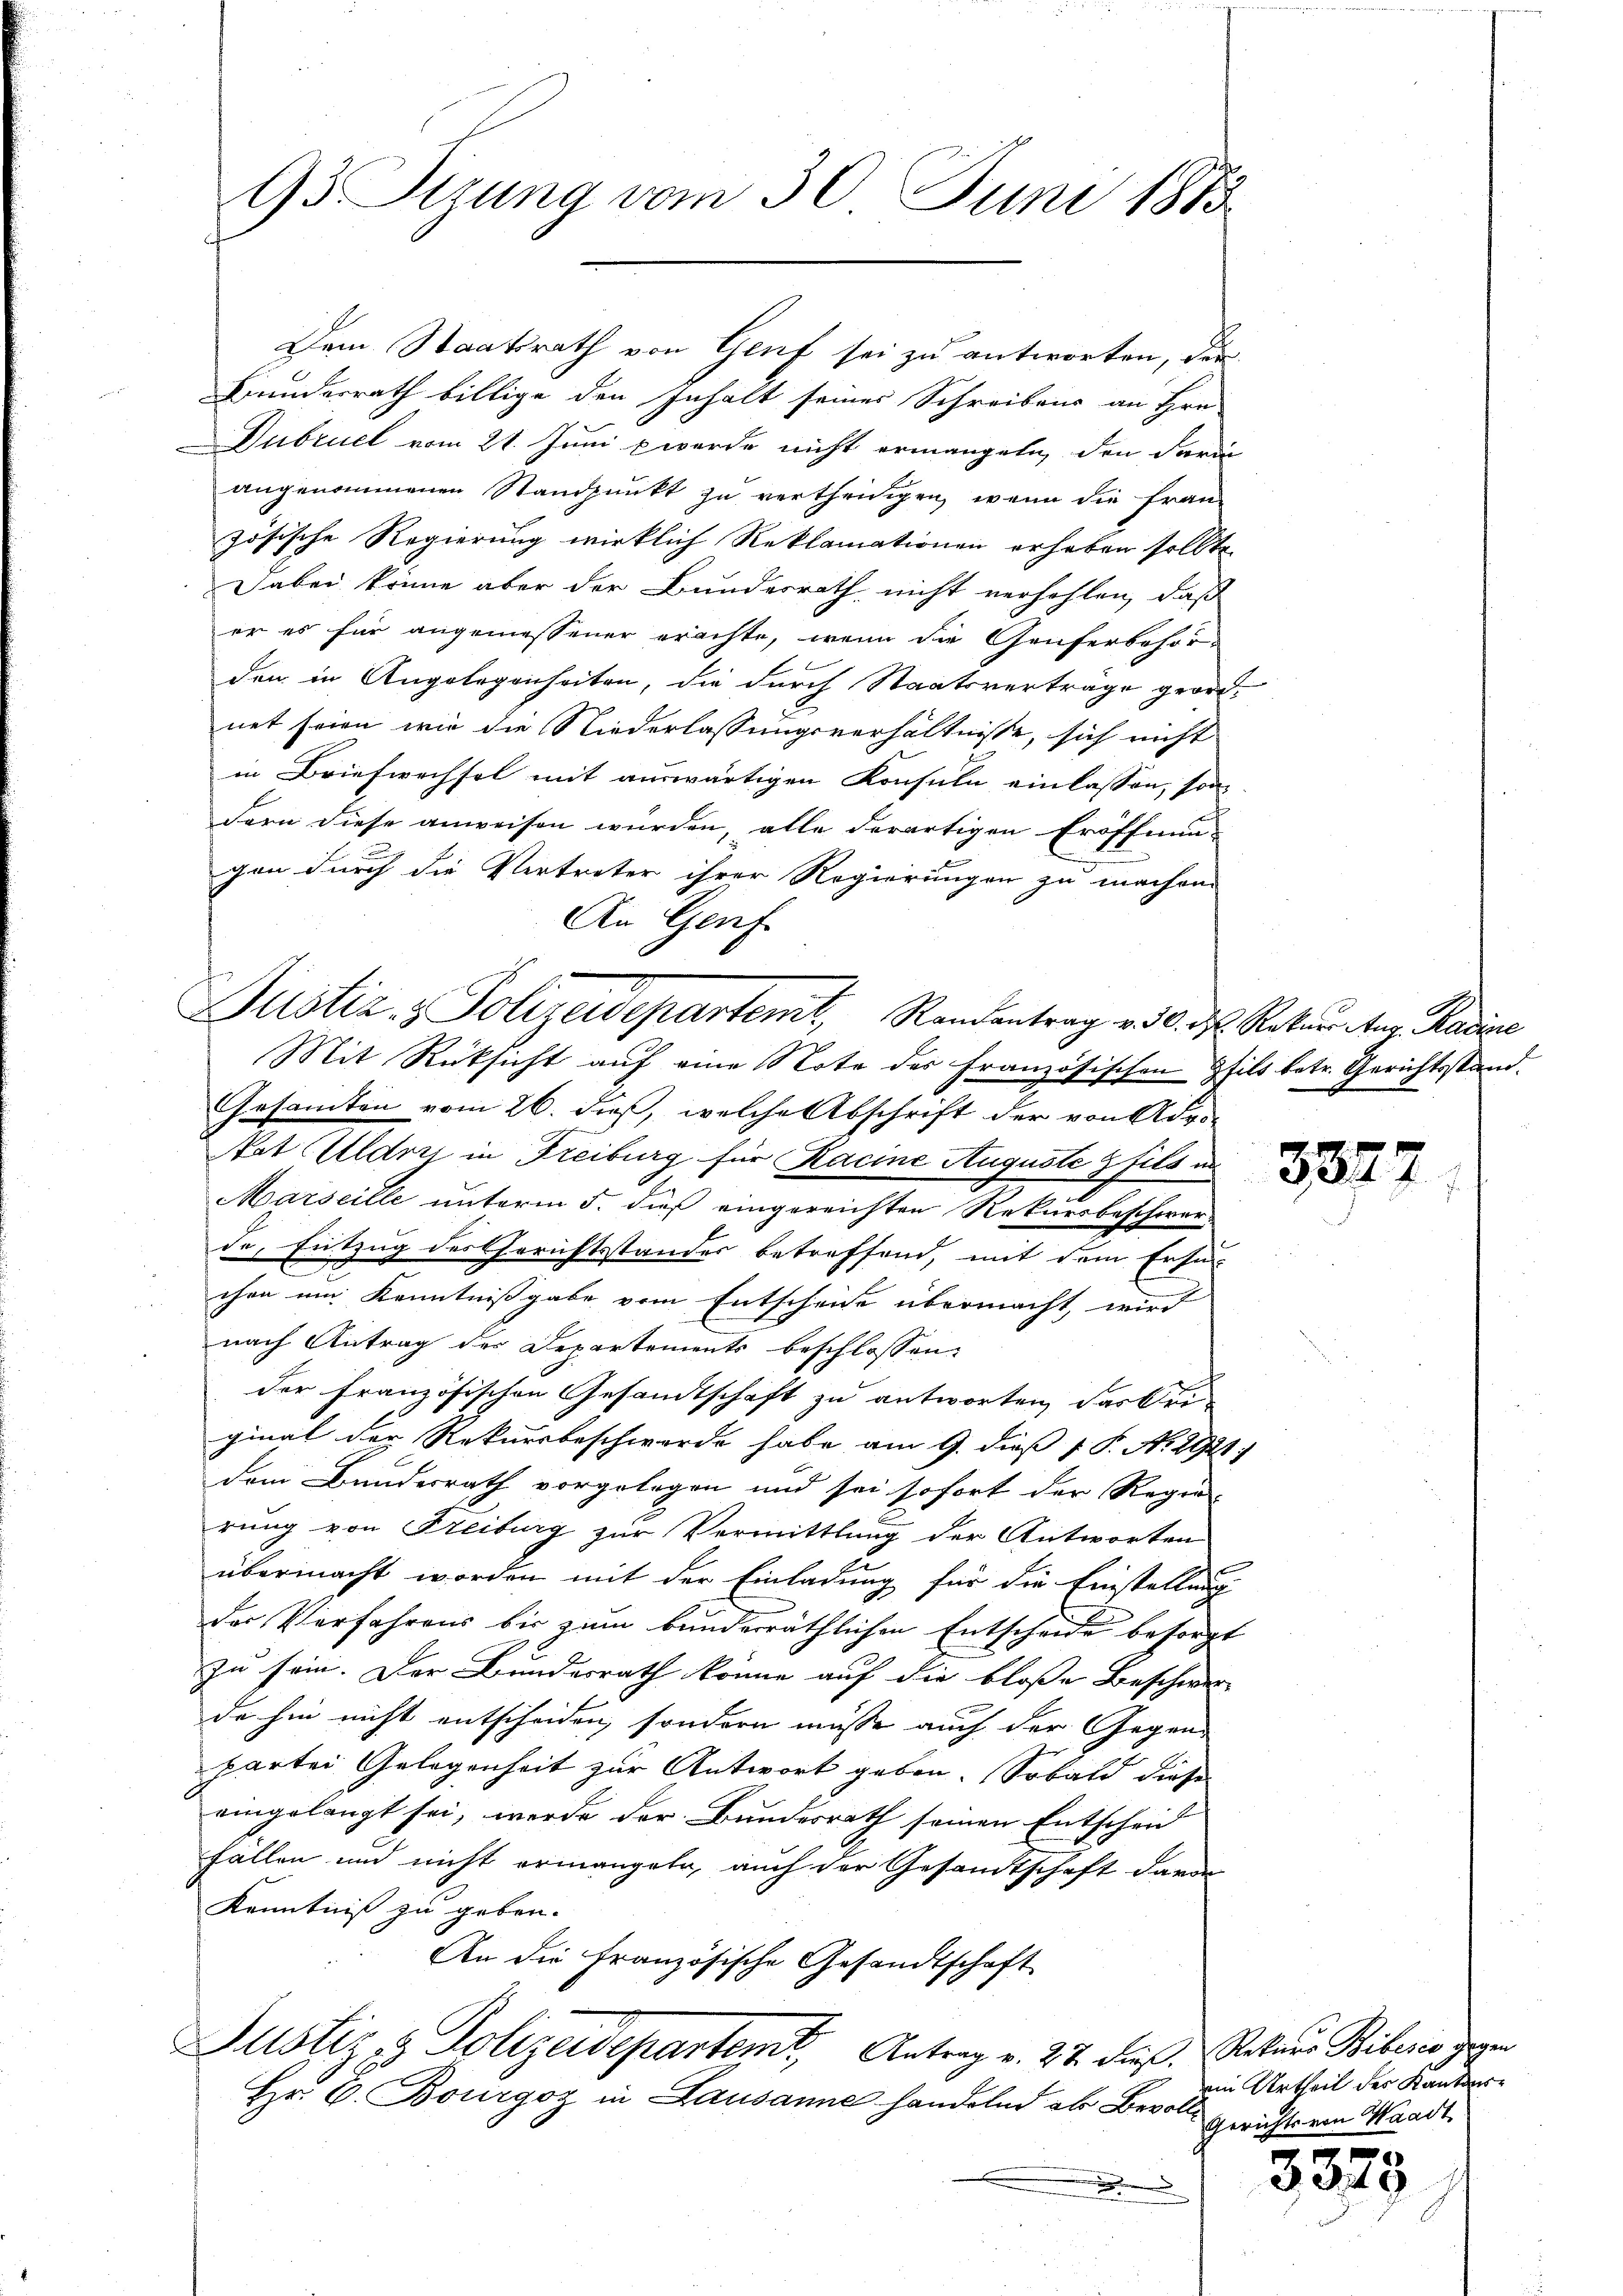
93 Sizung vom 30. Juni 1883

Dem Staatsrath von Genf sei zu antworten, der
Brandesrath billige den Inhalt seines Schreibens an Hrn.
Dubruck vom 21. Juni werde nicht ermangeln, den darin
angenommenen Standpunkt zu vertheidigen, wenn die Frau
zösische Regierung wirklich Reklamationen erhaben sollte
Dabei könne aber der Bundesrath nicht verhohlen, daß
er es für angemessener erachte, wenn die Genferbehör-
den in Angelegenheiten, die durch Staatsverträge geordnet seien wir die Niederlassungsverhältnisse, sich nicht
in Briefwechsel mit auswärtigen Konsuln einlassen, son
dern diese anweisen würden, alle derartigen Eröffnun
gen durch die Vertreter ihrer Regierungen zu machen.
An Genf
Mit Rücksicht auf eine Note des Französischen Phils betr. Gerichtsstand.
Gesandten vom 26. dieß, welche Abschrift der von Advo
Nat Uldrei in Freiburg für Kacine Auguste fils an
Marseille unterm 5. dieß eingereichten Rekursbeschwer-
de, Entzug des Gerichtsstandes betreffend, mit dem Erfin-
f
chen um Kenntnißgabe vom Entscheide übermacht, wird
nach Antrag des Departements beschlossen:
der Französischen Gesandtschaft zu antworten, darbeiginal der Rekursbeschwerde habe am 9. dieß P. No. 2921)
dem Bundesrath vorgelegen und sei sofort der Regie-
rung von Freiburg zur Vermittlung der Antworten
übermacht worden mit der Einladung für die Einstellung
der Verfahrens bis zum bunderräthlichen Entscheide besorgt
zu sein. Der Bundesrath könne auf die bloße Beschwer-
de hin nicht entscheiden, sondern müsse auch der Gegen-
partei Gelegenheit zur Antwort geben. Sobald diese
eingelangt sei, werde der Bundesrath seinen Entscheid
fallen und nicht ermangete, auch der Gesandtschaft davon
Kenntniß zu geben.
An die Französische Gesandtschaft
Justiz- & Polizeidepartemt, Antrag v. 27. dies Rekurs Biberis gegen
Hr. C. Bourgoz in Lausanne handelnd als Bevoll¬

Justiz- & Polizeidepartemt, Randantrag v. 30. ds. Rekurs Aug. Radice

ain Urtheil des Kantons¬
Gerichts von Waadt

3323